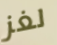
لغز